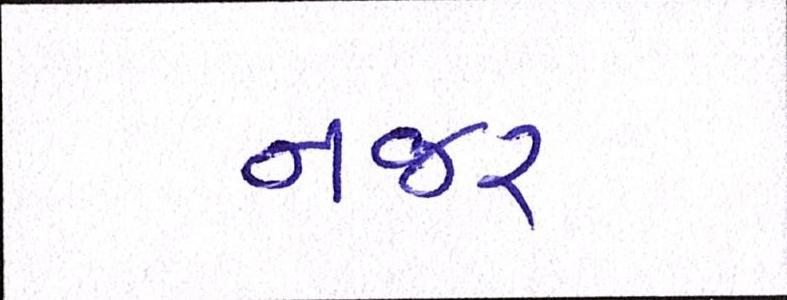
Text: નજર